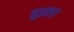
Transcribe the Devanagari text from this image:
हुइला